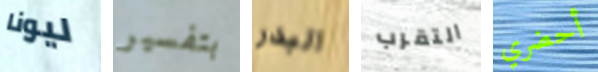
ليونا بتفسير البدر التقرب أحضري